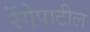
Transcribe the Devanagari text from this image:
रेंगेपाटील